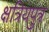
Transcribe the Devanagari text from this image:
क्षत्रियपुत्र